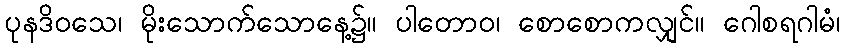
ပုနဒိဝသေ၊ မိုးသောက်သောနေ့၌။ ပါတောဝ၊ စောစောကလျှင်။ ဂေါစရဂါမံ၊